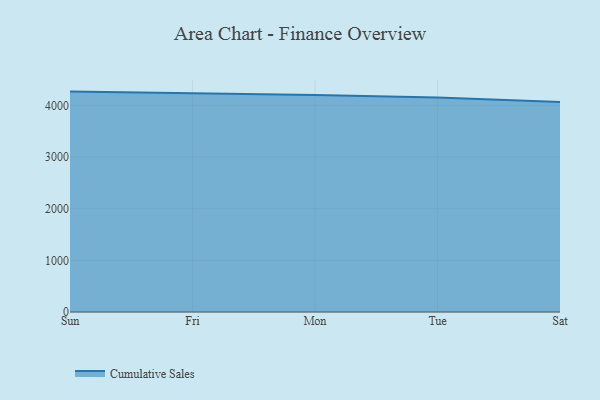
{"axis": {"x": "Day", "y": "Churn Rate (%)"}, "legend": ["Cumulative Sales"], "data": [{"x": "Sun", "y": 4265.3, "type": "Cumulative Sales"}, {"x": "Fri", "y": 4236.2, "type": "Cumulative Sales"}, {"x": "Mon", "y": 4200.3, "type": "Cumulative Sales"}, {"x": "Tue", "y": 4150.0, "type": "Cumulative Sales"}, {"x": "Sat", "y": 4065.0, "type": "Cumulative Sales"}]}